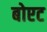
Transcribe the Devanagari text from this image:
बोएट